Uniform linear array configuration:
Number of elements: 64
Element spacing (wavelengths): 0.75
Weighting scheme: kaiser
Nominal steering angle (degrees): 15
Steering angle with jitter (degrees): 14.193
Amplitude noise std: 0.05
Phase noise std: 0.05

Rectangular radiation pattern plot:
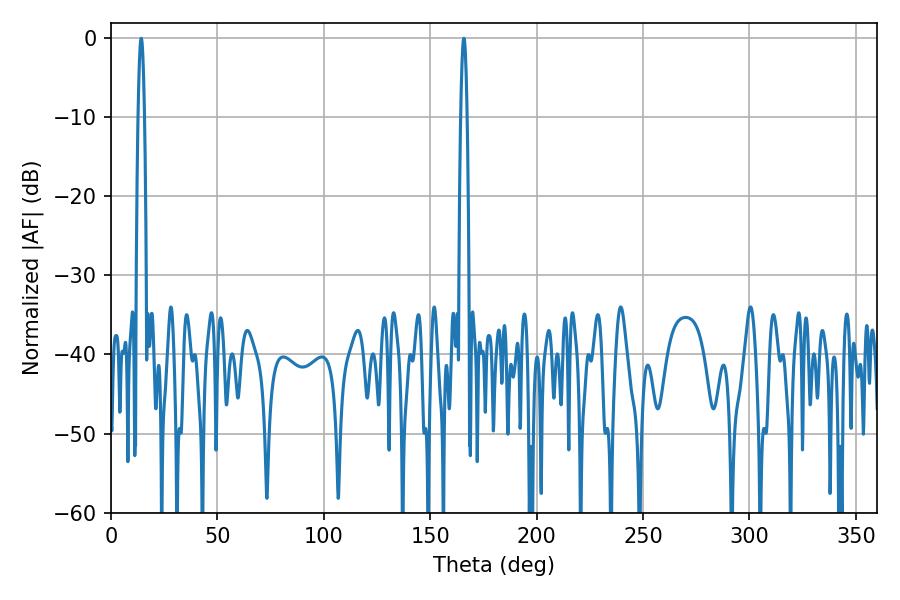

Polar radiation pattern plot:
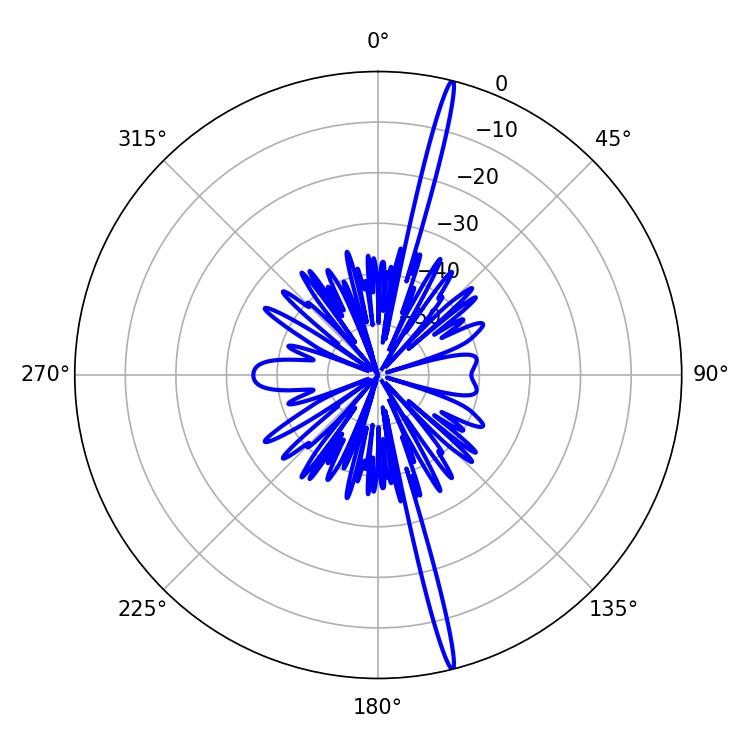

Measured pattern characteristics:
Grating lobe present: TRUE
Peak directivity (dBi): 21.079
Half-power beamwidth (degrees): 1.44
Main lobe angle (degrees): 165.78